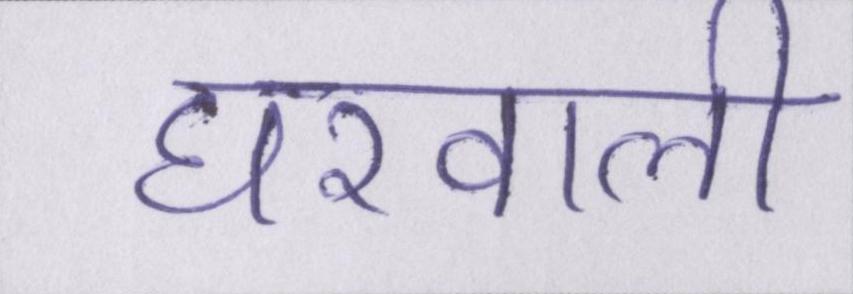
घरवाली